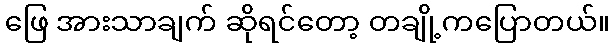
ဖြေ အားသာချက် ဆိုရင်တော့ တချို့ကပြောတယ်။